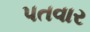
પતવાર